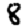
Digit: 8